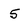
Character: 5